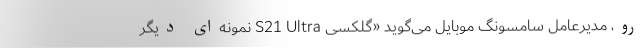
رو، مدیرعامل سامسونگ موبایل می‌گوید «گلکسی S21 Ultra نمونه‌ای دیگر